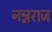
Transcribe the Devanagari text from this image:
नन्नराज